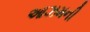
આઝમની